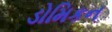
ડોમિકન